Vaccination in Bombay 1902-1912 - 1902-1912
Year: 1902
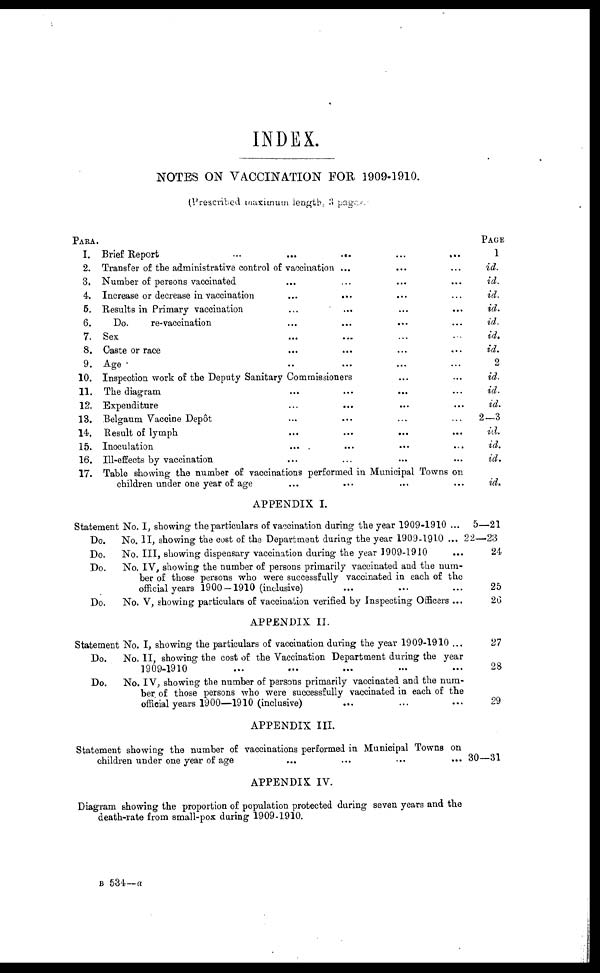
INDEX.
NOTES ON VACCINATION FOR 1909-1910.
(Prescribed maximum length, 3 pages.)
PARA.
1.
2.
3.
4.
5.
6.
7.
8.
9.
10.
11.
12.
13.
14.
15.
16.
17.
Brief Report
...
...
...
...
Transfer of the administrative control of vaccination ...
...
Number of persons vaccinated
...
Increase or decrease in vaccination ... ... ... ...
Results in Primary vaccination
... ... ... ...
Do.
re-vaccination
... ... ... ...
Sex
... ... ...
Caste or race
...
...
...
...
Age
...
...
...
...
Inspection work of the Deputy Sanitary Commissioners
... ...
The diagram
... ... ... ...
Expenditure
... ... ... ...
Belgaum Vaccine Depôt ... ... ... ...
Result of lymph
... ... ... ...
Inoculation
...
...
...
...
Ill-effects by vaccination
... ... ... ...
Table showing the number of vaccinations performed in Municipal Towns
on
PAGE
1
id.
id.
id.
id.
id.
id.
id.
2
id.
id.
id.
2—3
id.
id.
id.
id.
APPENDIX I.
Statement No. I, showing the particulars of vaccination during the year 1909-1910 ...
Do.
No. 11, showing the cost of the Department during the year 1909-1910 ...
Do.
No. III, showing dispensary vaccination during the year 1909-1910 ...
Do.
No. IV, showing the number of persons primarily vaccinated and the num-
ber of those persons who were successfully vaccinated in each of the
official years 1900 —1910 (inclusive) ...
Do.
No. V, showing particulars of vaccination verified by Inspecting Officers ...
5—21
22—23
24
25
26
APPENDIX II.
Statement No. I, showing the particulars of vaccination during the year 1909-1910 ...
Do.
No. II, showing the cost of the Vaccination Department during the year
1909-1910 ... ... ... ... ...
Do.
No. IV, showing the number of persons primarily vaccinated and the num-
ber of those persons who were successfully vaccinated in each of the
official years 1909—1910 (inclusive) ...
27
28
29
APPENDIX III.
Statement showing the number of vaccinations performed in Municipal Towns on
children under one year of age ... ... ... ...
30—31
APPENDIX IV.
Diagram showing the proportion of population protected during seven years and the
death-rate from small-pox during 1909-1910.
B 534—a